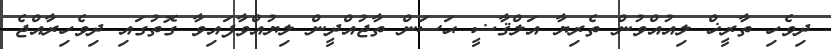
ދިވެހި ތާރީޚް ލިއުއްވުން ތެރިޔާ އަލްޤާޟީ ޙަސަން ތާޖުއްދީން ލިޔުއްވާފައިވާ ގޮތުގައި ދިވެހިރާއްޖެ